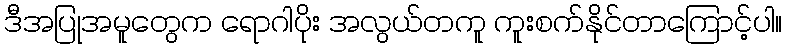
ဒီအပြုအမူတွေက ရောဂါပိုး အလွယ်တကူ ကူးစက်နိုင်တာကြောင့်ပါ။